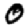
Digit: 0